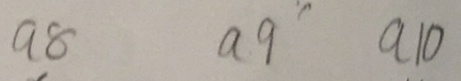
a 8 a 9 a 1 0